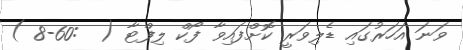
ވަނަ އަހަރުގައި ޑެލިވަރީ ކޮށްފައިވާ ފޯކް ލިފްޓާ (  :60-8 )